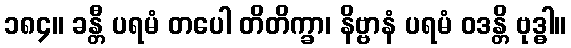
၁၈၄။ ခန္တီ ပရမံ တပေါ တိတိက္ခာ၊ နိဗ္ဗာနံ ပရမံ ဝဒန္တိ ဗုဒ္ဓါ။